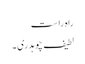
راہ راست
لطیف چوہدری۔